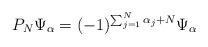
LaTeX: \begin{align*}P_N \Psi_\alpha = (-1)^{\sum_{j=1}^N \alpha_j + N} \Psi_\alpha \end{align*}